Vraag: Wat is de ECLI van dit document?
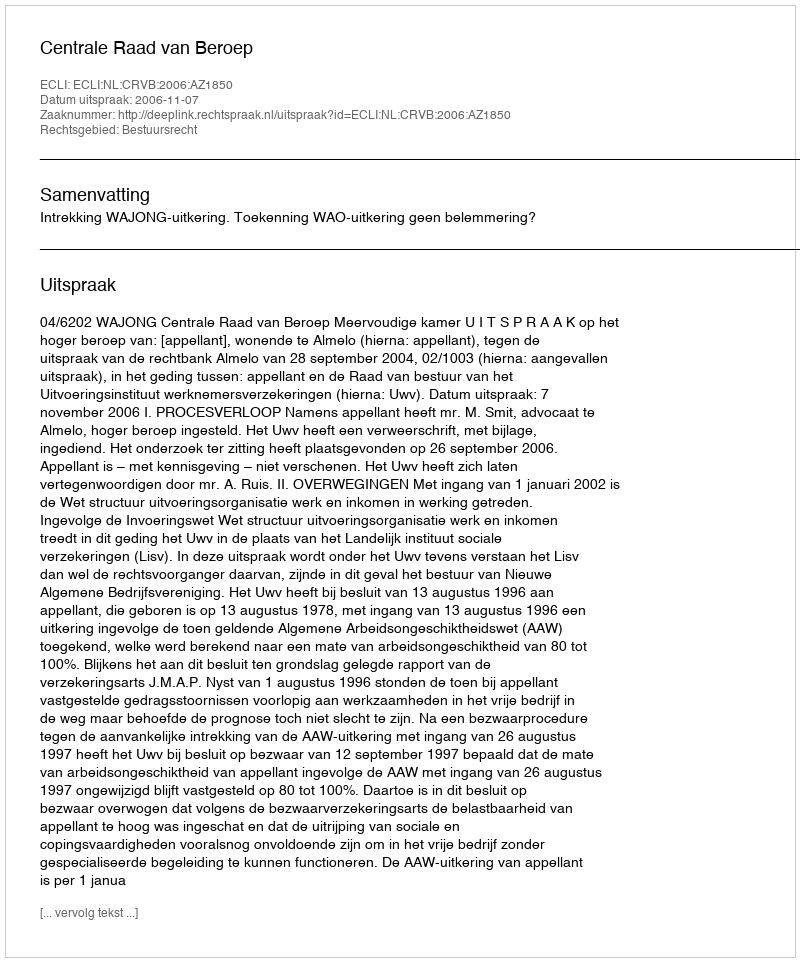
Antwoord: ECLI:NL:CRVB:2006:AZ1850